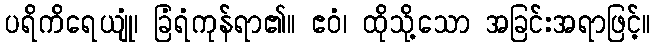
ပရိကိရေယျုံ၊ ခြံရံကုန်ရာ၏။ ဧဝံ၊ ထိုသို့သော အခြင်းအရာဖြင့်။